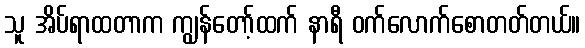
သူ အိပ်ရာထတာက ကျွန်တော့်ထက် နာရီ ဝက်လောက်စောတတ်တယ်။